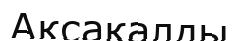
Ақсақалды